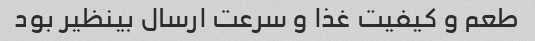
طعم و کیفیت غذا و سرعت ارسال بینظیر بود